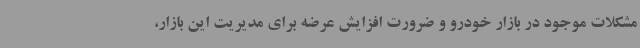
مشکلات موجود در بازار خودرو و ضرورت افزایش عرضه برای مدیریت این بازار،